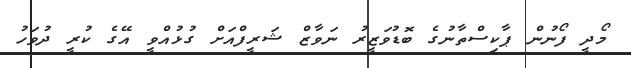
މޯދީ ފޯނުން ޕާކިސްތާނުގެ ބޮޑުވަޒީރު ނަވާޒް ޝަރީފްއަށް ގުޅުއްވީ އޭގެ ކުރީ ދުވަހު